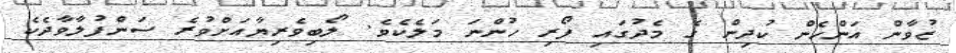
ޒުވާން އަންހެން ކުދިން ގެ މެދުގައި ފޯރި ހުންނަ މަލެކެވެ. ލޯބިވެރިޔާއަށްވުރެ ސަންފުލާވާދެކެ